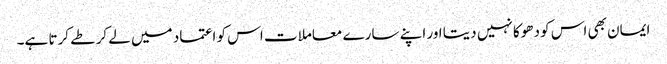
ایمان بھی اس کو دھوکا نہیں دیتا اور اپنے سارے معاملات اس کو اعتماد میں لے کر طے کرتا ہے۔